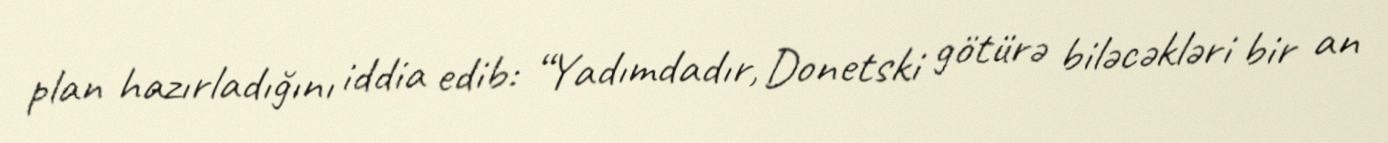
plan hazırladığını iddia edib: “Yadımdadır, Donetski götürə biləcəkləri bir an